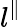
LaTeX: l^{\parallel}